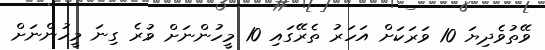
ވޭތުވެދިޔަ 10 ވަރަކަށް އަހަރު ތެރޭގައި 10 މީހުންނަށް ވުރެ ގިނަ މީހުންނަށް